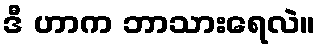
ဒီ ဟာက ဘာသားရေလဲ။